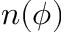
n ( \phi )